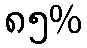
၈၅%